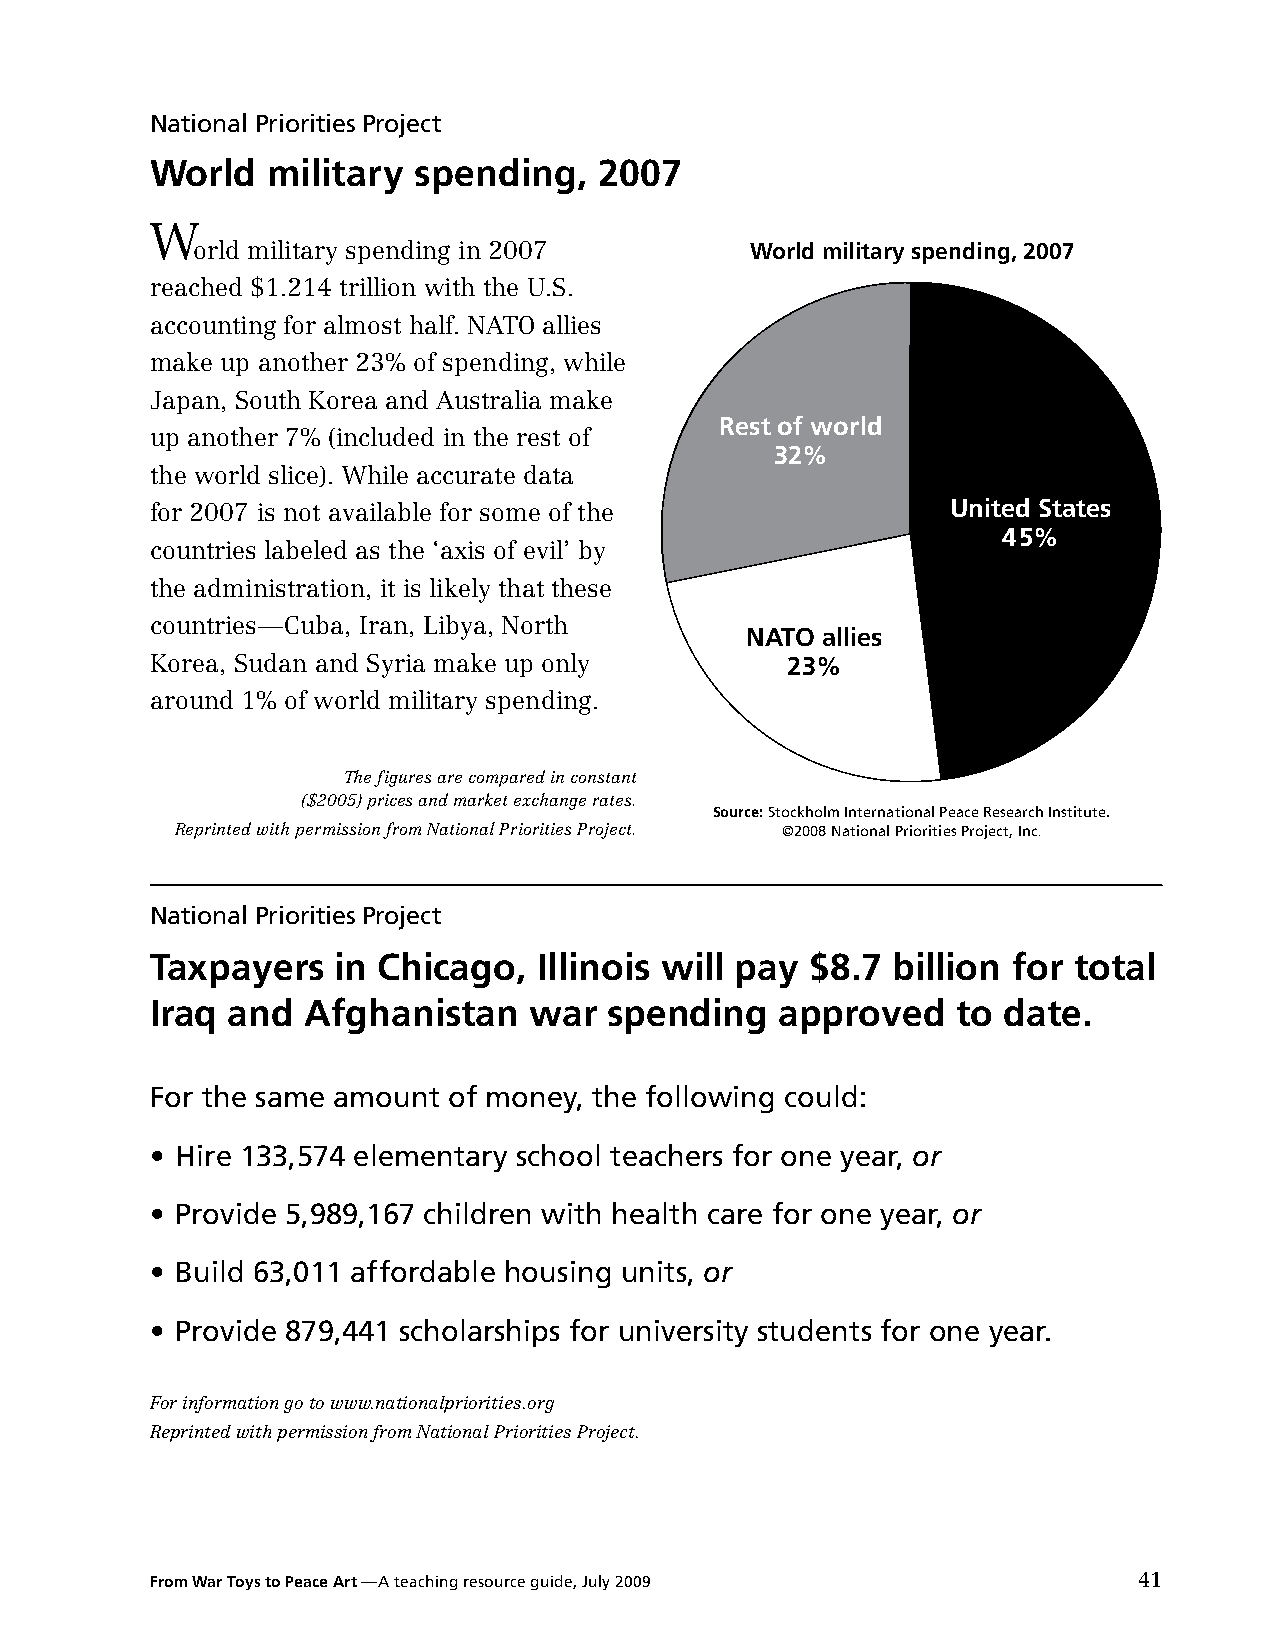
National Priorities Project
 World   military spending,    2007
 W
 orld military spending in 2007       World military spending, 2007
 reached $1.214 trillion with the U.S.
 accounting for almost half. NATO allies
 make up another 23% of spending, while
 Japan, South Korea and Australia make
 Rest of world
 up another 7% (included in the rest of
 32%
 the world slice). While accurate data
 for 2007 is not available for some of the            United States
 45%
 countries labeled as the ‘axis of evil’ by
 the administration, it is likely that these
 countries—Cuba, Iran, Libya, North
 NATO allies
 Korea, Sudan and Syria make up only       23%
 around 1% of world military spending.
 The figures are compared in constant
 ($2005) prices and market exchange rates.
 Source: Stockholm International Peace Research Institute.
 Reprinted with permission from National Priorities Project. ©2008 National Priorities Project, Inc.
 National Priorities Project
 Taxpayers   in Chicago,   illinois will pay $8.7 billion for total
 iraq and  Afghanistan    war  spending    approved   to date.
 For the same amount of money, the following could:
 • Hire 133,574 elementary school teachers for one year, or
 • Provide 5,989,167 children with health care for one year, or
 • Build 63,011 affordable housing units, or
 • Provide 879,441 scholarships for university students for one year.
 For information go to www.nationalpriorities.org
 Reprinted with permission from National Priorities Project.
 From War Toys to Peace Art —A teaching resource guide, July 2009 41